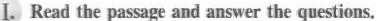
I. Read the passage and answer the questions.